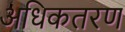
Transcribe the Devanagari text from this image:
अधिकतरण